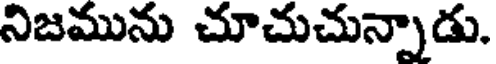
నిజమును చూచుచున్నాడు.